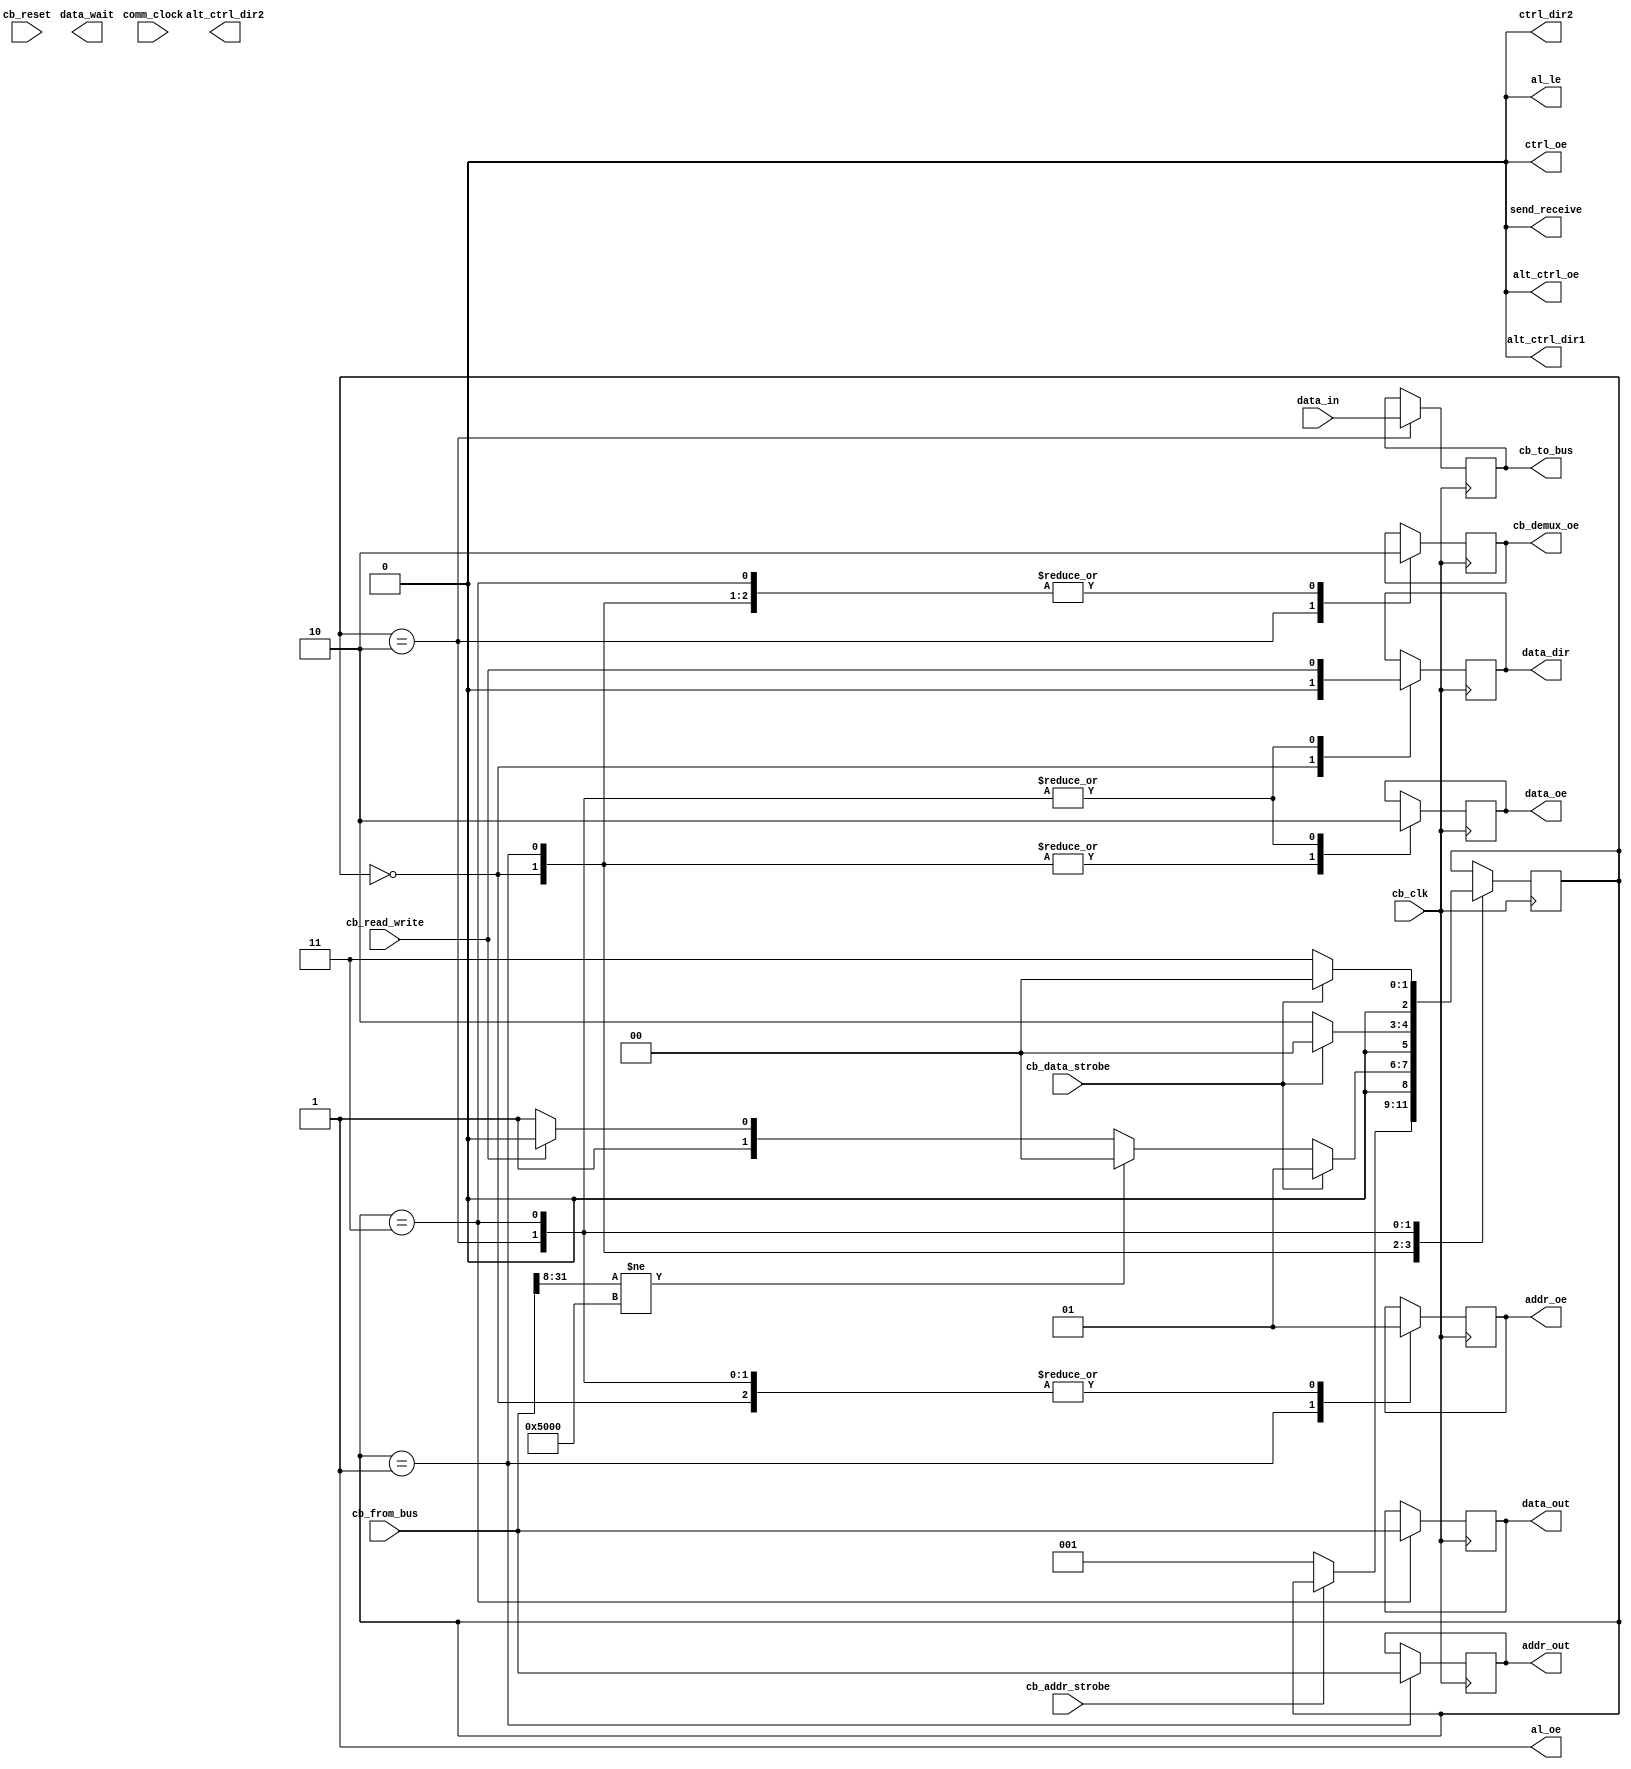
`define DIR_TO_AD   DIR_OUTPUT_TO_A
`define DIR_FROM_AD   DIR_OUTPUT_TO_B

module computie_bus_receiver #(
    parameter BITWIDTH = 32,
    parameter DEVICE_ADDRESS = 32'h00500000,
    parameter DEVICE_SIG_BITS = 8
) (
    input comm_clock,

    // Internal Interface
    output data_wait,
    output reg [BITWIDTH-1:0] addr_out,
    input [BITWIDTH-1:0] data_in,
    output reg [BITWIDTH-1:0] data_out,

    // Bus Control Signals
    input cb_clk,
    input cb_reset,
    input cb_addr_strobe,
    input cb_data_strobe,
    input cb_read_write,

    // Transceiver Control
    output send_receive,
    output reg addr_oe = 1'b1,
    output reg data_oe = 1'b1,
    output reg data_dir = 1'b0,
    output ctrl_oe,
    output reg ctrl_dir2 = 1'b0,
    output alt_ctrl_oe,
    output alt_ctrl_dir1,
    output alt_ctrl_dir2,
    output al_oe,
    output al_le,

    // Bus Demux
    output reg cb_demux_oe = 1'b0,
    input [BITWIDTH-1:0] cb_from_bus,
    output reg [BITWIDTH-1:0] cb_to_bus = 32'h0
);

    localparam ACTIVE = 1'b0;
    localparam INACTIVE = 1'b1;

    localparam DIR_INPUT = 1'b0;
    localparam DIR_OUTPUT = 1'b1;

    localparam BUS_IDLE = 0;
    localparam BUS_RECV_ADDR = 1;
    localparam BUS_READ_DATA = 2;   // Read relative to the bus signals, so BUS reading from FPGA
    localparam BUS_WRITE_DATA = 3;  // Write relative to the bus signals, so BUS writing to FPGA

    reg [2:0] bus_state = BUS_IDLE;

    // For receiving, the bus direction will always be "RECEIVE"
    assign send_receive = 1'b0;

    // Enable control signal transceivers in the direction of a bus device
    assign ctrl_oe = ACTIVE;
    assign alt_ctrl_oe = ACTIVE;
    assign alt_ctrl_dir1 = DIR_INPUT;
    //assign alt_ctrl_dir2 = 1'b1;

    // Disable the address latch
    assign al_oe = INACTIVE;
    assign al_le = 1'b0;

    always @(negedge cb_clk) begin
        case (bus_state)
            BUS_IDLE: begin
                cb_demux_oe <= 1'b0;
                addr_oe <= INACTIVE;
                data_oe <= INACTIVE;
                data_dir <= DIR_INPUT;

                if (cb_addr_strobe == ACTIVE) begin
                    bus_state <= BUS_RECV_ADDR;
                end
            end

            BUS_RECV_ADDR: begin
                bus_state <= BUS_RECV_ADDR;
                cb_demux_oe <= 1'b0;
                addr_oe <= ACTIVE;
                data_oe <= INACTIVE;
                addr_out <= cb_from_bus;

                if (cb_data_strobe == ACTIVE) begin
                    if (cb_from_bus[BITWIDTH-1:DEVICE_SIG_BITS] != DEVICE_ADDRESS[BITWIDTH-1:DEVICE_SIG_BITS]) begin
                        // If the current device is not being addressing, then return to IDLE
                        bus_state <= BUS_IDLE;
                    end else if (cb_read_write) begin
                        bus_state <= BUS_READ_DATA;
                    end else begin
                        bus_state <= BUS_WRITE_DATA;
                    end
                end
            end

            BUS_READ_DATA: begin
                bus_state <= BUS_READ_DATA;
                cb_demux_oe <= 1'b1;

                // Read from this device to the Bus (Send Data)
                addr_oe <= INACTIVE;
                data_dir <= cb_read_write;
                data_oe <= ACTIVE;

                cb_to_bus <= data_in;

                if (cb_data_strobe == INACTIVE) begin
                    bus_state <= BUS_IDLE;
                end
            end

            BUS_WRITE_DATA: begin
                bus_state <= BUS_WRITE_DATA;
                cb_demux_oe <= 1'b0;

                // Write from the Bus to this device (Receive Data)
                addr_oe <= INACTIVE;
                data_dir <= cb_read_write;
                data_oe <= ACTIVE;

                data_out <= cb_from_bus;

                if (cb_data_strobe == INACTIVE) begin
                    bus_state <= BUS_IDLE;
                end
            end
        endcase
    end
endmodule